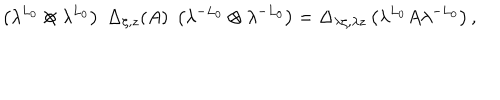
\left( \lambda ^ { L _ { 0 } } \otimes \lambda ^ { L _ { 0 } } \right) \; \Delta _ { \zeta , z } ( A ) \; \left( \lambda ^ { - L _ { 0 } } \otimes \lambda ^ { - L _ { 0 } } \right) = \Delta _ { \lambda \zeta , \lambda z } \left( \lambda ^ { L _ { 0 } } A \lambda ^ { - L _ { 0 } } \right) ,